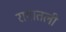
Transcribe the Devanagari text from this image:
रागातली